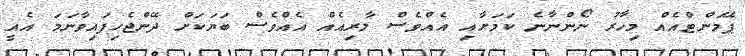
ޕޭމަންޓްއެއް މިހާރު ނޯންނާނެ ކަމަށާއި އެއްވެސް ލާރިއެއް އެއްވެސް ބަޔަކަށް ދޭންޖެހިފައިވާނަމަ އެއީ